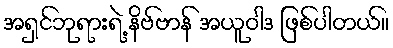
အရှင်ဘုရားရဲ့ နိဗ်ဗာန် အယူဝါဒ ဖြစ်ပါတယ်။